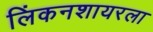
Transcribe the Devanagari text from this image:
लिंकनशायरला